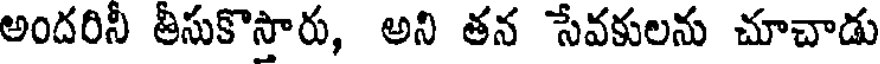
అందరినీ తీసుకొస్తారు, అని తన సేవకులను చూచాడు